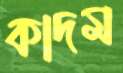
কাদম